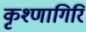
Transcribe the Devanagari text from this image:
कृश्णागिरि